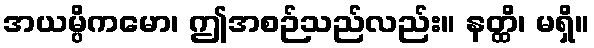
အယမ္ပိကမော၊ ဤအစဉ်သည်လည်း။ နတ္ထိ၊ မရှိ။